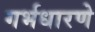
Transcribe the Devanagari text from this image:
गर्भधारणे